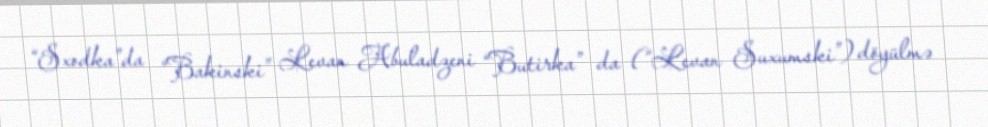
“Sxodka”da “Bakinski” Levan Abuladzeni “Butirka” da (“Levan Suxumski”) döyülmə